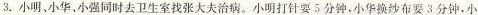
3.小明、小华、小强同时去卫生室找张大夫治病。小明打针要5分钟，小华换纱布要3分钟.小